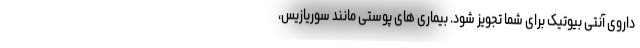
داروی آنتی بیوتیک برای شما تجویز شود. بیماری های پوستی مانند سوریازیس،